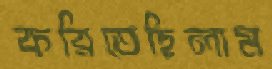
করিতেছিলাম